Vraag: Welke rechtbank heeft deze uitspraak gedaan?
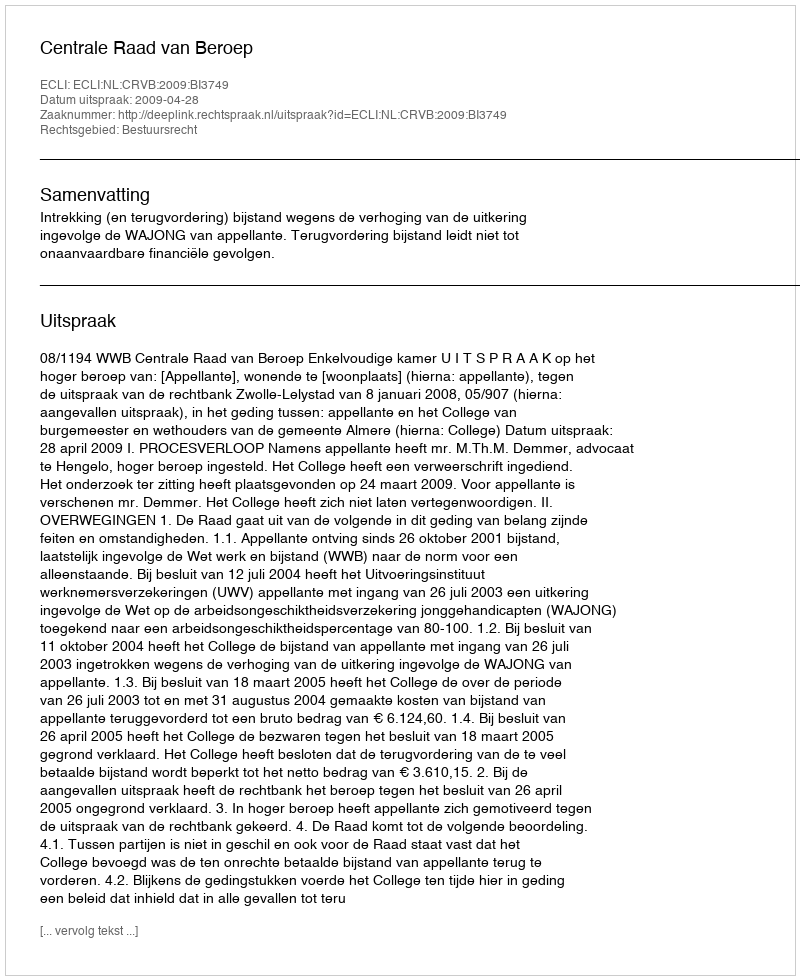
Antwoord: Centrale Raad van Beroep